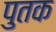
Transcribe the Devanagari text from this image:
पुतक